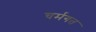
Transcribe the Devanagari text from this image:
चर्मगत